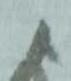
よ